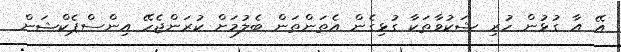
އޭ އާ ގުޅުން ހުރި ޝަކުވާތަކާ ގުޅިގެން އެތަންތަން ބެލުމަށް ކުރަންޖެހޭ އިންސްޕެކްޝަން